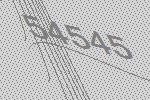
54545